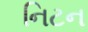
નિટન